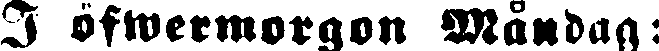
I öfwermorgon Måndag: